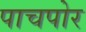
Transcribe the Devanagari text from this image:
पाचपोर